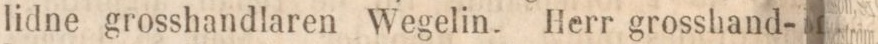
lidne grosshandlaren Wegelin. Herr grosshand-